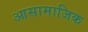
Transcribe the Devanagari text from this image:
आसामाजिक